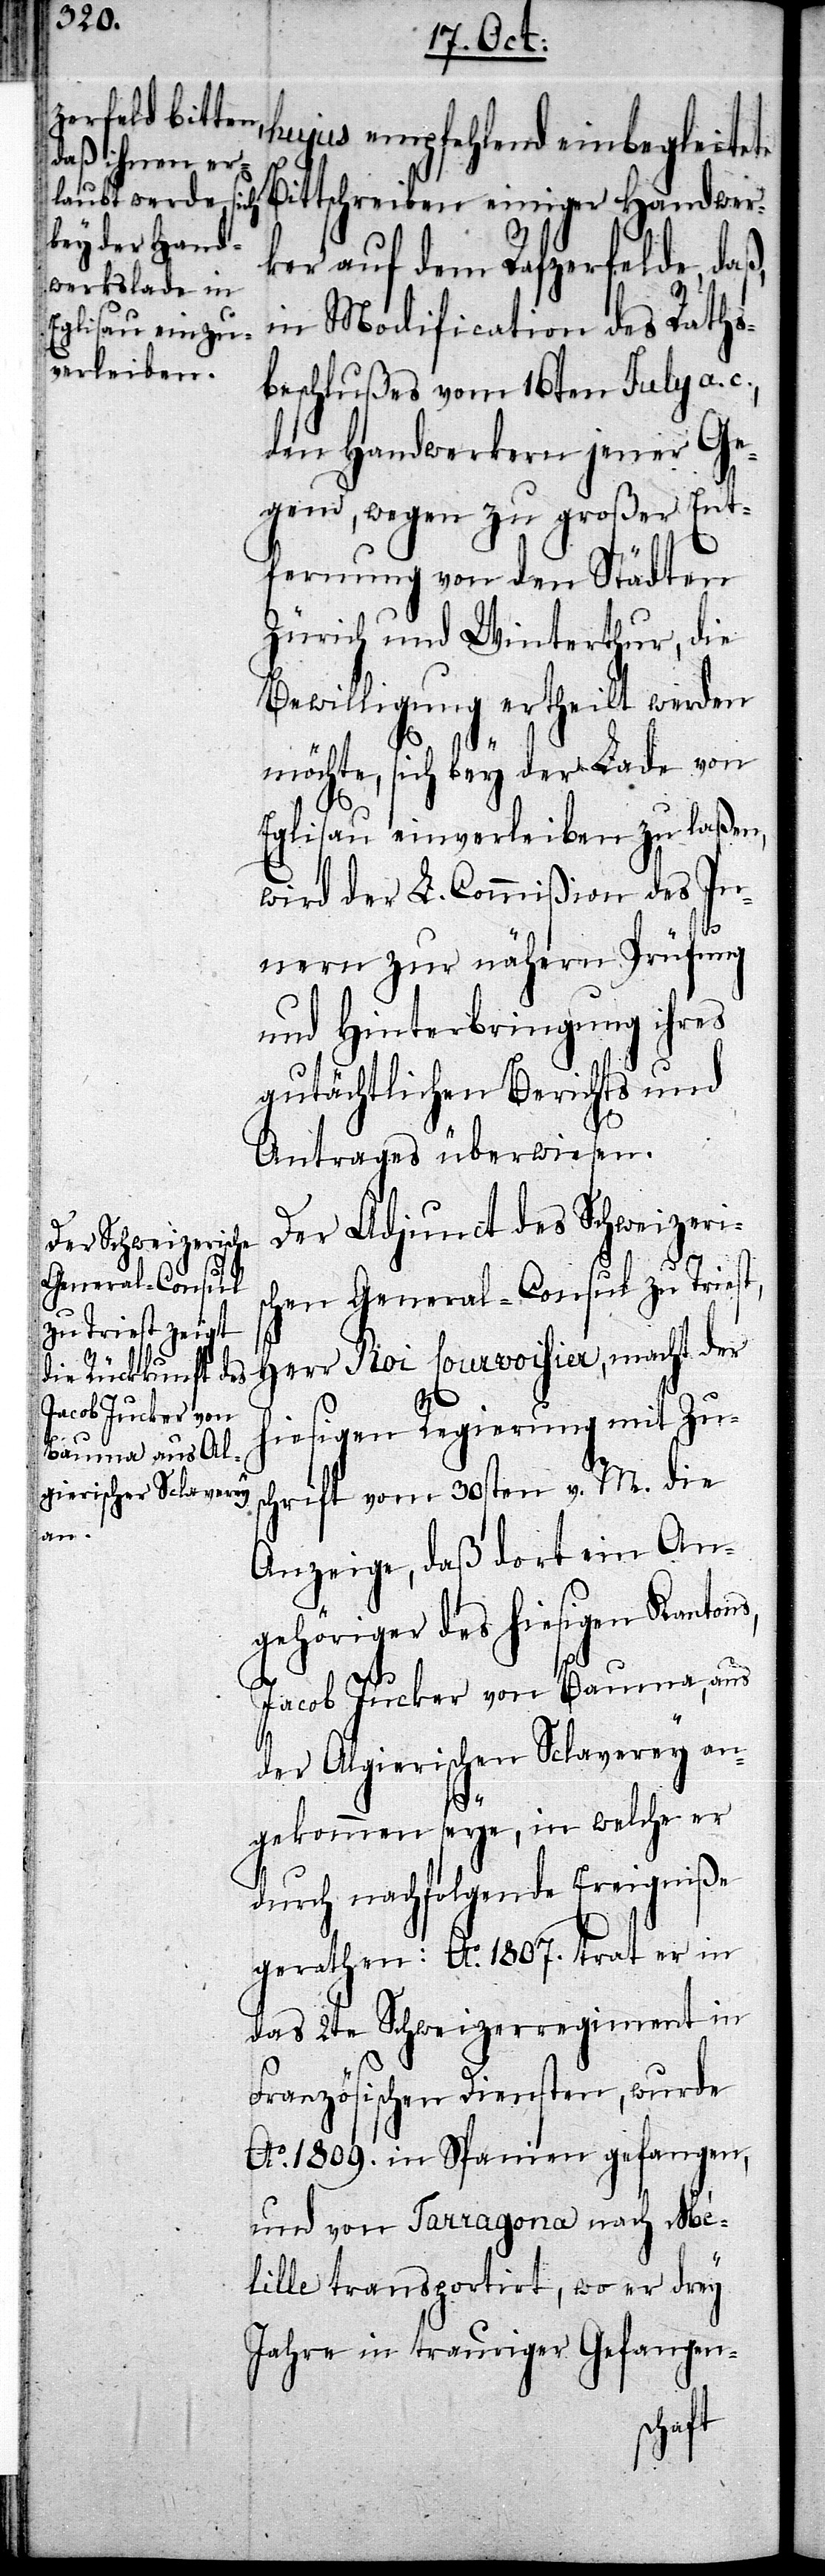
s¬

hujus empfehlend einbegleitete
Bittschreiben einiger Handwer¬
ker auf dem Rafzerfelde, daß,
in Modification des Raths¬
beschlußes vom 16ten July a.
den Handwerkern jener Ge¬
gend, wegen zu großer Ent¬
fernung von den Städten
Zürich und Winterthur, die
Bewilligung ertheilt werden
möchte, sich bey der Lade von
Eglisau einverleiben zu laßen,
wird der L. Commißion des In¬
nern zur nähern Prüfung
und Hinterbringung ihres
gutächtlichen Berichts und
Antrages überwiesen.
Der Adjunct des Schweizeri¬
chen General-Consul zu Triest,
Herr Roi Courvoisier, macht der
hiesigen Regierung mit Zus¬
chrift vom 30sten v. M. die
Anzeige, daß dort ein An¬
gehöriger des hiesigen Kantons,
Jacob Jucker von Bauma, aus
der Algierischen Sclaverey an¬
gekommen seye, in welche er
durch nachfolgende Ereigniße
gerathen: Ao. 1807. trat er in
das 2te Schweizerregiment in
Französischen Diensten, wurde
Ao. 1809 in Spanien gefangen,
und von Tarragona nach Mé¬
lille transportirt, wo er drey
Jahre in trauriger Gefangen-